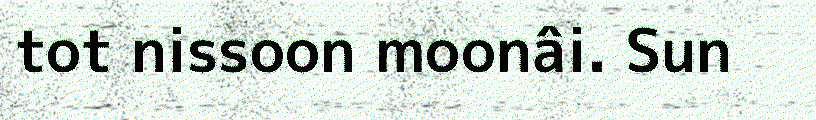
tot nissoon moonâi. Sun